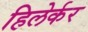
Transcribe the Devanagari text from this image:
हिलेर्कर